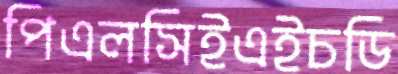
পিএলসিইএইচডি